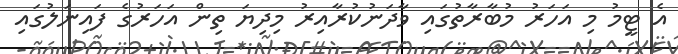
އެ ޓީމު މި އަހަރު މުބާރާތުގައި ވާދަނުކުރާއިރު މިދިޔަ ތިން އަހަރުގެ ފައިނަލުގައި